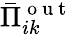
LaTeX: \bar{\Pi}_{ik}^{\mathrm{~o~u~t~}}